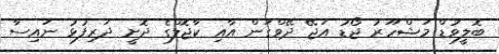
ބޮލީވުޑް މަޝްހޫރު ޖޯޑު އަޖޭ ދޭވްގަން އާއި ކާޖޮލްގެ ދޮށީ ދަރިފުޅު ނައިސާ